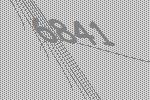
6841